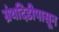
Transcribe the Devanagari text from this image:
ग्रंथदिडीपासून